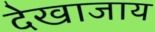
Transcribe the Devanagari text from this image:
देखाजाय